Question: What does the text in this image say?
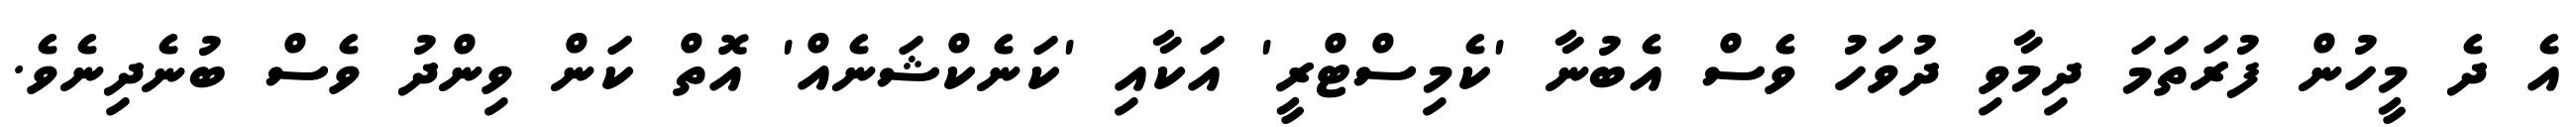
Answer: އެ ދެ މީހުން ފުރަތަމަ ދިމާވި ދުވަހު ވެސް އެބުނާ 'ކެމިސްޓްރީ' އަކާއި 'ކަނެކްޝަނެއް' އޮތް ކަން ވިންދު ވެސް ބުނެދިނެވެ.